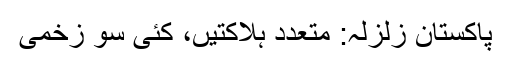
پاکستان زلزلہ: متعدد ہلاکتیں، کئی سو زخمی